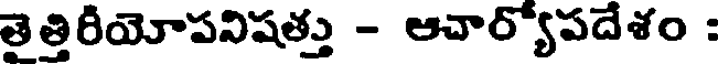
తెత్తిరీయోపనిషత్తు - ఆచార్యోపదేశం :